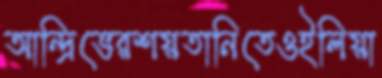
আন্দ্রিভেরশয়তানিতেওইলিয়া